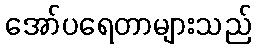
အော်ပရေတာများသည်